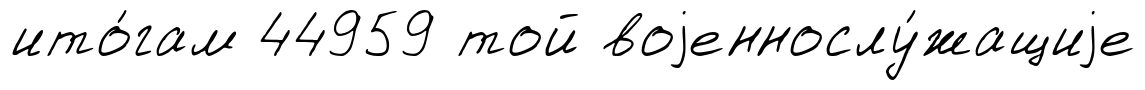
ито́гам 44959 той воjеннослу́жащиjе